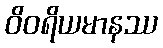
ဝိဝရိယမာနဿ